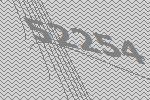
52254